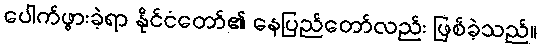
ပေါက်ဖွားခဲ့ရာ နိုင်ငံတော်၏ နေပြည်တော်လည်း ဖြစ်ခဲ့သည်။